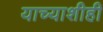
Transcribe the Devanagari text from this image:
याच्याशीही